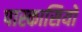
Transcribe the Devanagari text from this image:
पास्कासियो